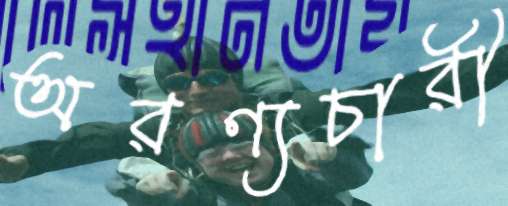
অরণ্যচারী